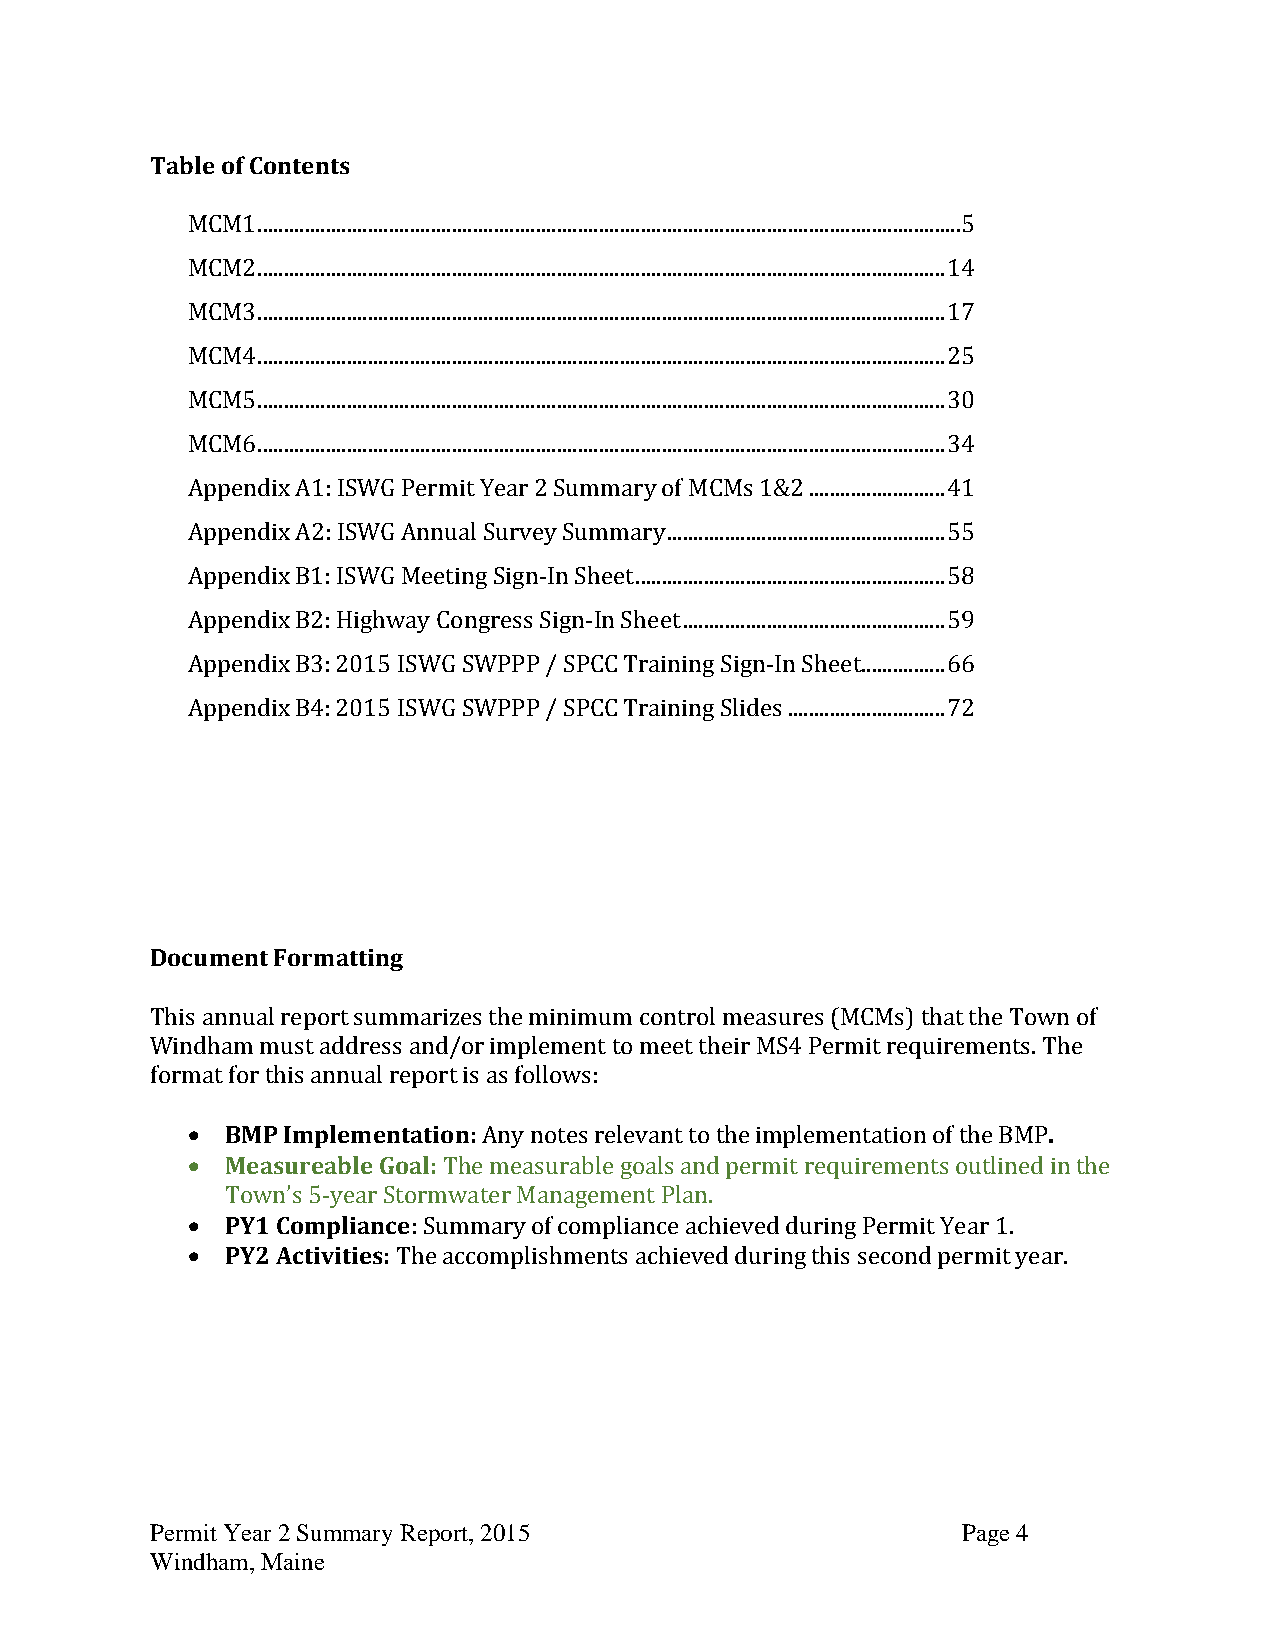
Table of Contents
 MCM1 ...................................................................................................................................... 5
 MCM2 ................................................................................................................................... 14
 MCM3 ................................................................................................................................... 17
 MCM4 ................................................................................................................................... 25
 MCM5 ................................................................................................................................... 30
 MCM6 ................................................................................................................................... 34
 Appendix A1: ISWG Permit Year 2 Summary of MCMs 1&2 .......................... 41
 Appendix A2: ISWG Annual Survey Summary ..................................................... 55
 Appendix B1: ISWG Meeting Sign-In Sheet ........................................................... 58
 Appendix B2: Highway Congress Sign-In Sheet .................................................. 59
 Appendix B3: 2015 ISWG SWPPP / SPCC Training Sign-In Sheet................ 66
 Appendix B4: 2015 ISWG SWPPP / SPCC Training Slides .............................. 72
 Document Formatting
 This annual report summarizes the minimum control measures (MCMs) that the Town of
 Windham must address and/or implement to meet their MS4 Permit requirements. The
 format for this annual report is as follows:
   BMP Implementation: Any notes relevant to the implementation of the BMP.
   Measureable Goal: The measurable goals and permit requirements outlined in the
 Town’s 5-year Stormwater Management Plan.
   PY1 Compliance: Summary of compliance achieved during Permit Year 1.
   PY2 Activities: The accomplishments achieved during this second permit year.
 Permit Year 2 Summary Report, 2015                    Page 4
 Windham, Maine